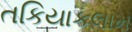
તકિયાકલામ